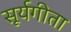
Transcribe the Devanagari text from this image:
सूर्यगीता